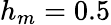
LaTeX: h_{m}=0.5